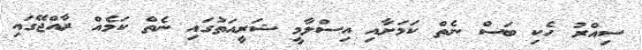
ސިއްރު ހެކި ބަސް ނެތް ކަމަށާއި އިސްލާމީ ޝަރީއަތުގައި ނެތް ކަމެއް ރާއްޖޭގައި